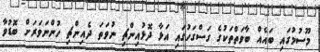
މޫސުމުގައި ބައެއް ބާވަތްތަކުގެ ގަސްގަހުގައި އަޅާ ދޮޅުއިންޗި ނުވަތަ ދެއިންޗި ހުންނަވަރަށް ބޮޑުވާ